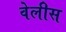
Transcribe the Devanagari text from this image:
वेलीस